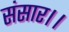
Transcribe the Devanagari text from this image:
संसार।।